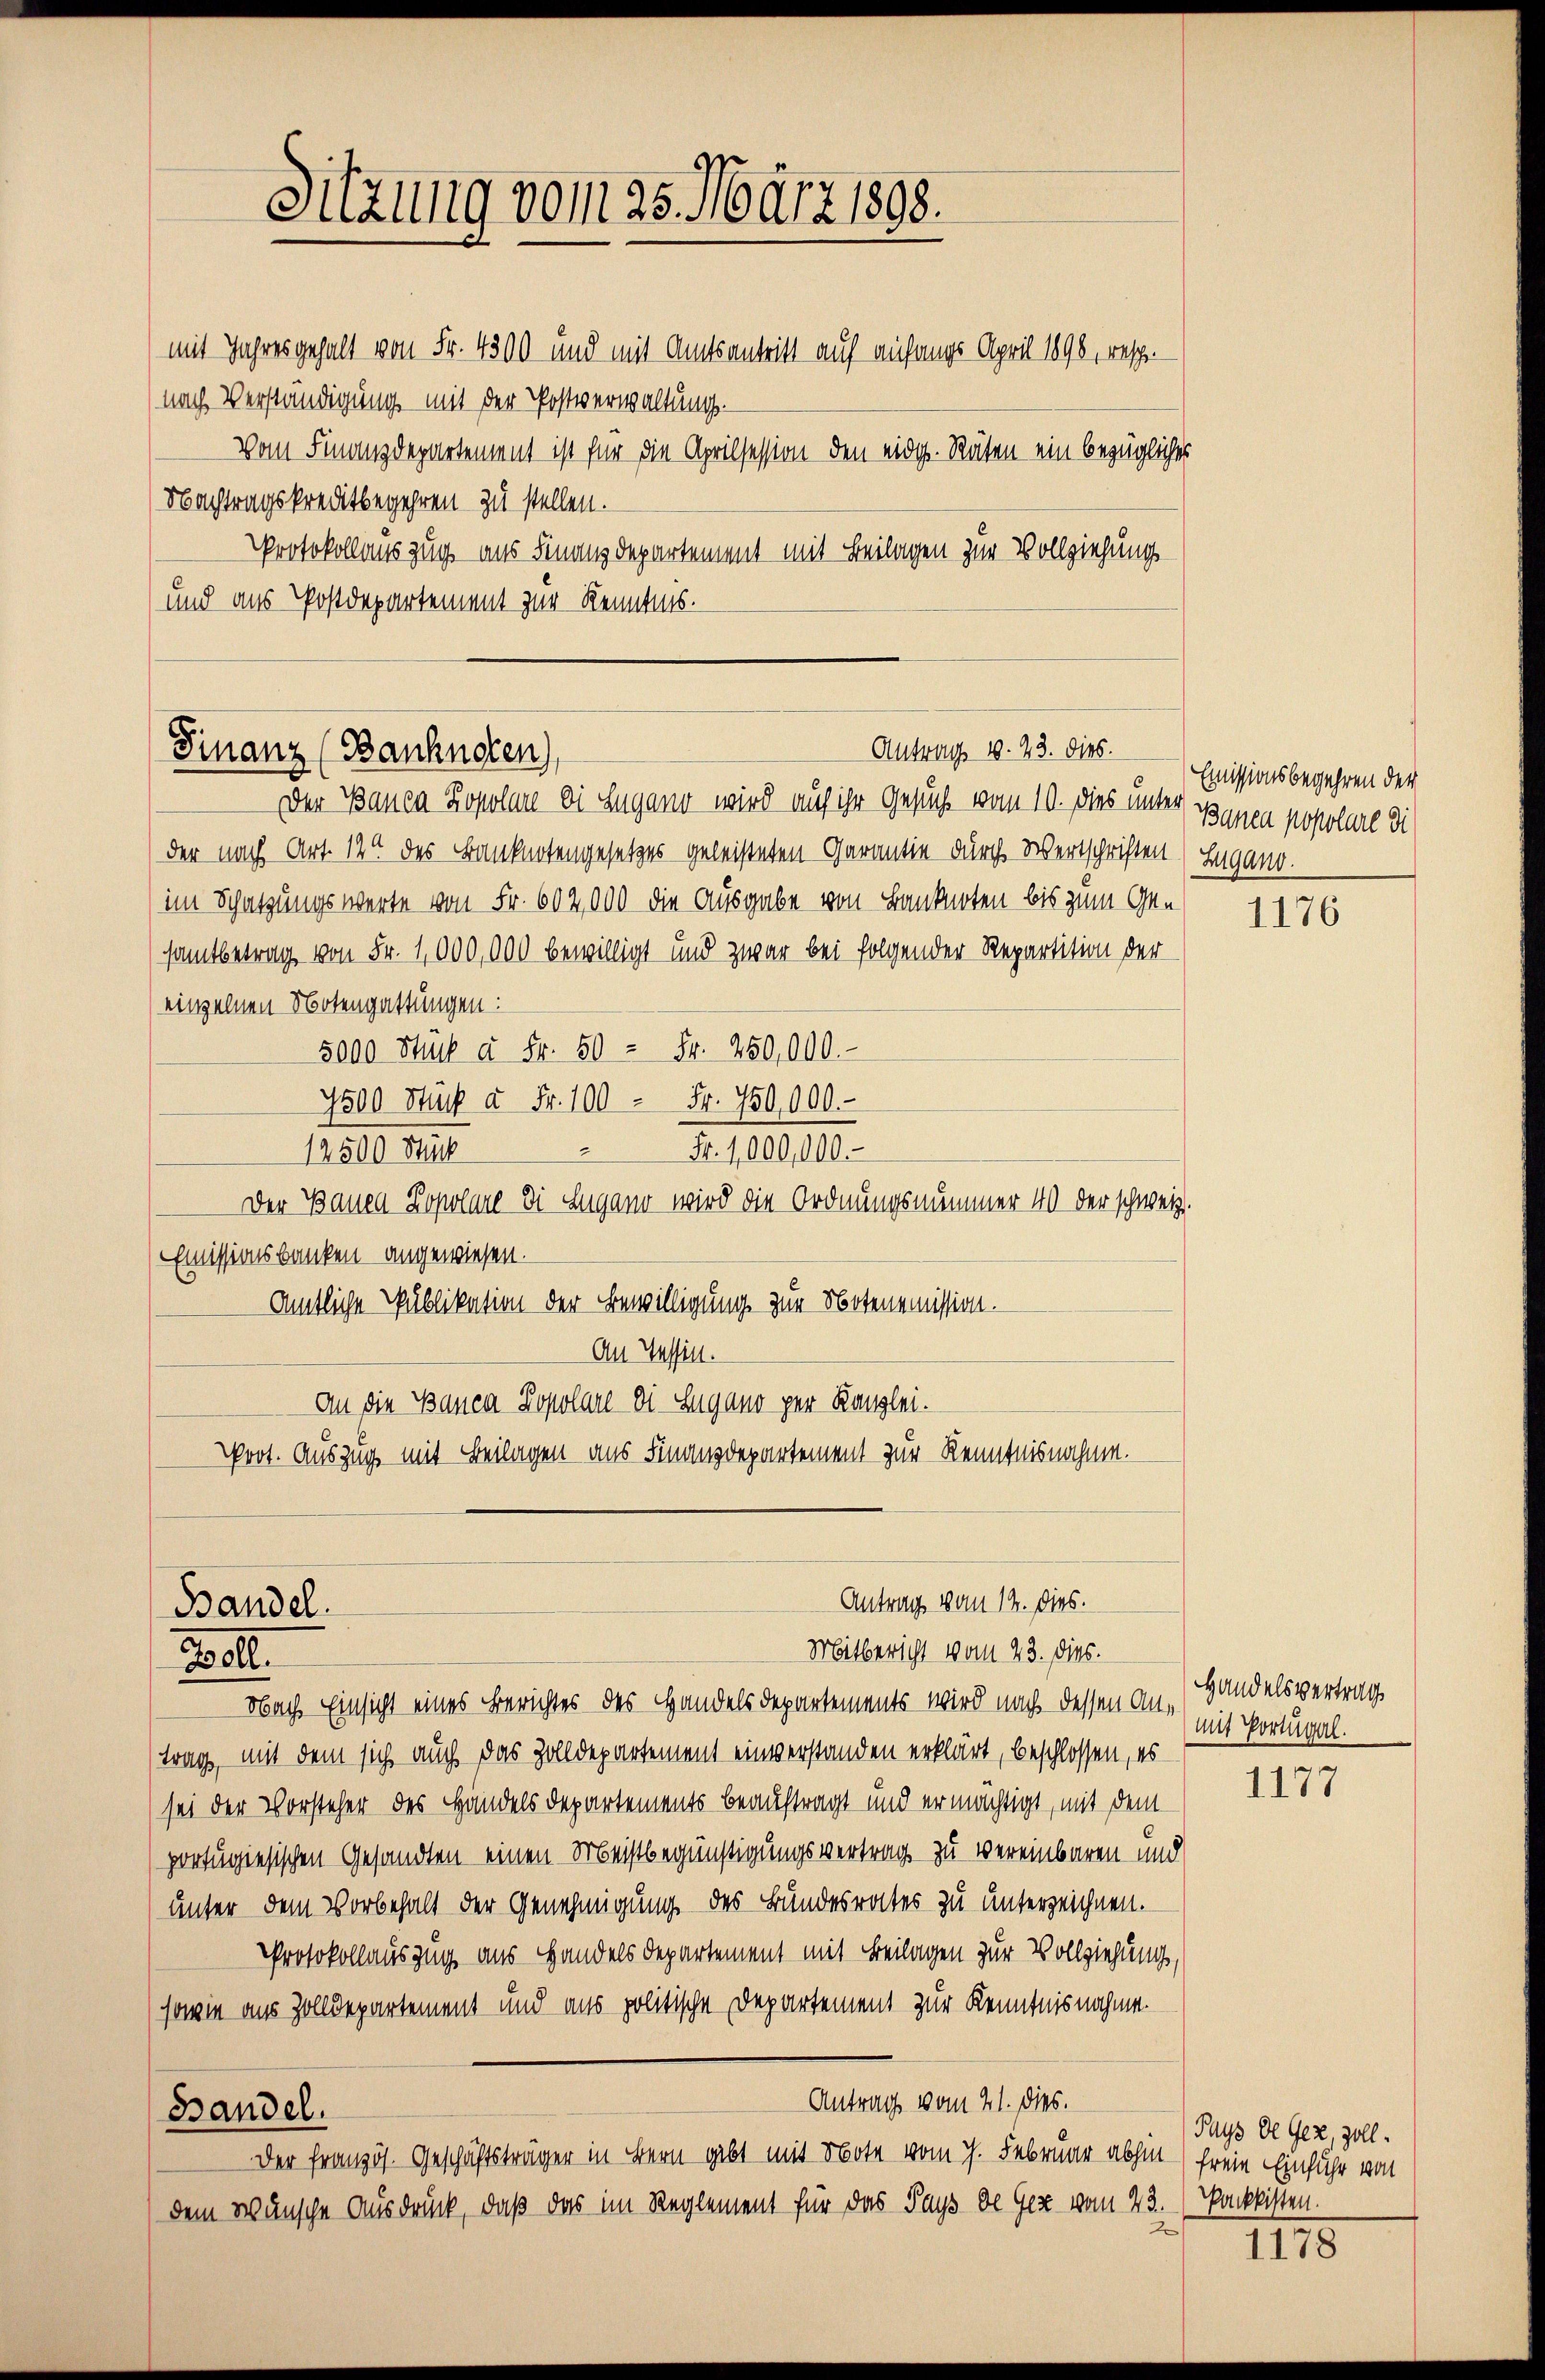
Nachtragskreditbegehren zu stellen.
Protokollauszug aus Finanzdepartement mit Beilagen zur Vollziehung
und aus Postdepartement zur Kenntnis.

Antrag 10. 23. dies.
Finanz (Banknoten)

Bandel.
Zoll

Sitzung vom 25. März 1898.
mit Jahresgehalt von Fr. 4300 und mit Amtsantritt auf anfangs April 1898, resch.
nach Verständigung mit der Postverwaltung.
Vom Finanzdepartement ist für die Aprilsession den eidg. Räten ein bezügliches

Der Bauen Kopolare bei Lugano wird auf ihr Gesuch vom 10. dies unter Sanen postolal di
der nach Art. 124 des Banknotengesetzes geleisteten Garantie durch Wertschriften Zugano.
im Schatzungswerte von Fr. 602,000 die Ausgabe von Banknoten bis zum Gesamtbetrag von Fr. 1,000,000 bewilligt und zwar bei folgender Repartition der
einzelnen Notengattungen:
5000 Stück à Fr. 50 = Fr. 250,000.
7500 Stück à Fr. 100 Fr. 750,000.
Fr. 1000,000.
12500 Fr
Der Bauen Kopolare di Lugano wird die Ordnungsnummer 40 der schweiz.
Emissionsbanken angewiesen.
Amtliche Publikation der Bewilligung zur Notenmmission.
An Tessin.
An die Banca Zopolare di Lugano per Kanzlei.
Poot. Auszug mit Beilagen aus Finanzdepartement zur Kenntnisnahme.

Antrag vom 14. dies.
Mitbericht vom 23. dies.

Nach Einsicht eines Berichtes des Handels Departements wird nach dessen Antrag, mit dem sich auch das Zolldepartement einverstanden erklärt, beschlossen, es
sei der Vorsteher des Handels Departements beauftragt und ermächtigt, mit dem
portugisischen Gesandten einen Meistbegünstigungsvertrag zu vereinbaren und
unter dem Vorbehalt der Genehmigung des Bundesrates zu unterzeichnen.
Protokollauszug aus Handels Departement mit Beilagen zur Vollziehung,
sowie aus Zolldepartement und aus politische Departement zur Kenntnisnahme.
Antrag vom 21. dies.
Bandel.
Der französ. Geschäftsträger in Bern gibt mit Note vom h. Februar abhin (freie Einfuhr von
dem wünsche Ausdruck, daß das im Reglement für das Pays de Gez vom 23. Packkisten.

Emissionsbegehren der

1176

Handelsvertrags
mit Portugal.

1177

Pays de Gez, soll.

1178